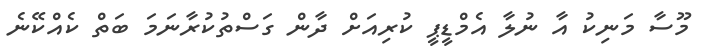
މޫސާ މަނިކު އާ ނުލާ އެމްޑީޕީ ކުރިއަށް ދާން ގަސްތުކުރާނަމަ ބަތް ކެއްކޭނެ